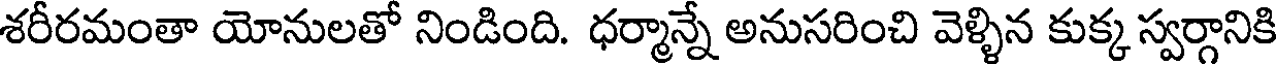
శరీరమంతా యోనులతో నిండింది. ధర్మాన్నే అనుసరించి వెళ్ళిన కుక్క స్వర్గానికి